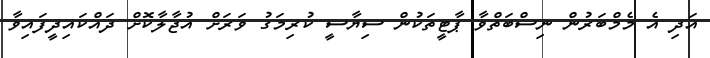
އަދި އެެ މެމްބަރުން ނިސްބަތްވާ ޕާޓީތަކުން ސިޔާސީ ކުރިމަގު ވަރަށް އުޖާލާކޮށް ދައްކައިދީފައިވާ